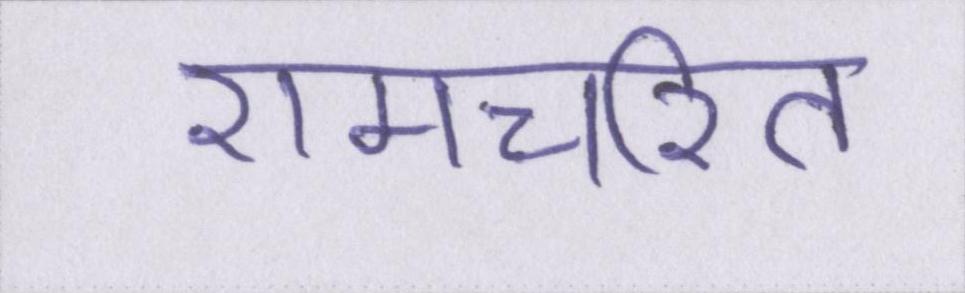
रामचरित